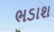
ભડાશ